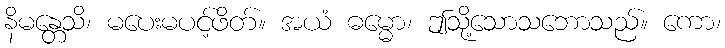
နိမန္တေသိ၊ မပေးမပင့်ဖိတ်။ အယံ ဓမ္မော၊ ဤသို့သောသဘောသည်။ ကော၊